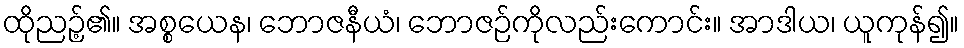
ထိုညဉ့်၏။ အစ္စယေန၊ ဘောဇနီယံ၊ ဘောဇဉ်ကိုလည်းကောင်း။ အာဒါယ၊ ယူကုန်၍။